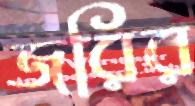
জরির